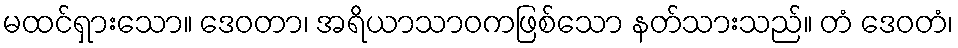
မထင်ရှားသော။ ဒေဝတာ၊ အရိယာသာဝကဖြစ်သော နတ်သားသည်။ တံ ဒေဝတံ၊